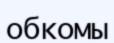
обкомы